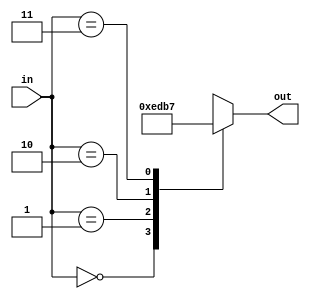
`timescale 1ns / 1ps
//////////////////////////////////////////////////////////////////////////////////
// Company: 
// Engineer: 
// 
// Design Name: 
// Module Name: Decoder
// Project Name: 
// Target Devices: 
// Tool Versions: 
// Description: 
// 
// Dependencies: 
// 
// Revision:
// Revision 0.01 - File Created
// Additional Comments:
// 
//////////////////////////////////////////////////////////////////////////////////


module Decoder(
    input [1:0] in,
    output reg [3:0] out
    );
    
    always@(*) begin 
        case(in)
            0: out = 4'b1110;
            1: out = 4'b1101;
            2: out = 4'b1011;
            3: out = 4'b0111;
        endcase
    end
endmodule